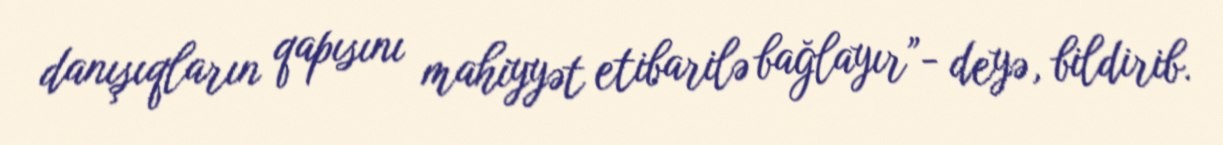
danışıqların qapısını mahiyyət etibarilə bağlayır”- deyə, bildirib.